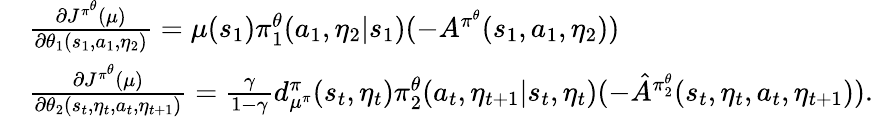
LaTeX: \begin{array}{rl}&{\frac{\partial J^{\pi^{\theta}}(\mu)}{\partial\theta_{1}(s_{1},a_{1},\eta_{2})}=\mu(s_{1})\pi_{1}^{\theta}(a_{1},\eta_{2}|s_{1})(-A^{\pi^{\theta}}(s_{1},a_{1},\eta_{2}))}\\ &{\frac{\partial J^{\pi^{\theta}}(\mu)}{\partial\theta_{2}(s_{t},\eta_{t},a_{t},\eta_{t+1})}=\frac{\gamma}{1-\gamma}d_{\mu^{\pi}}^{\pi}(s_{t},\eta_{t})\pi_{2}^{\theta}(a_{t},\eta_{t+1}|s_{t},\eta_{t})(-\hat{A}^{\pi_{2}^{\theta}}(s_{t},\eta_{t},a_{t},\eta_{t+1})).}\end{array}